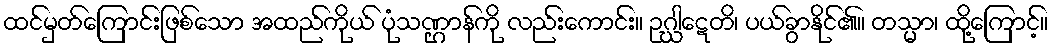
ထင်မှတ်ကြောင်းဖြစ်သော အထည်ကိုယ် ပုံသဏ္ဌာန်ကို လည်းကောင်း။ ဥဂ္ဃါဋေတိ၊ ပယ်ခွာနိုင်၏။ တသ္မာ၊ ထို့ကြောင့်။